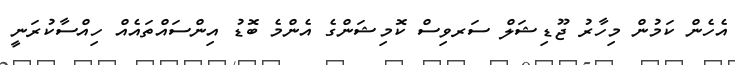
އެހެން ކަމުން މިހާރު ޖޫޑިޝަލް ސަރވިސް ކޮމިޝަންގެ އެންމެ ބޮޑު އިންސައްތައެއް ހިއްސާކުރަނީ